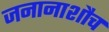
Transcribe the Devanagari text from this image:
जनानाशौच